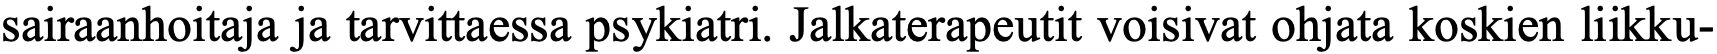
sairaanhoitaja ja tarvittaessa psykiatri. Jalkaterapeutit voisivat ohjata koskien liikku-